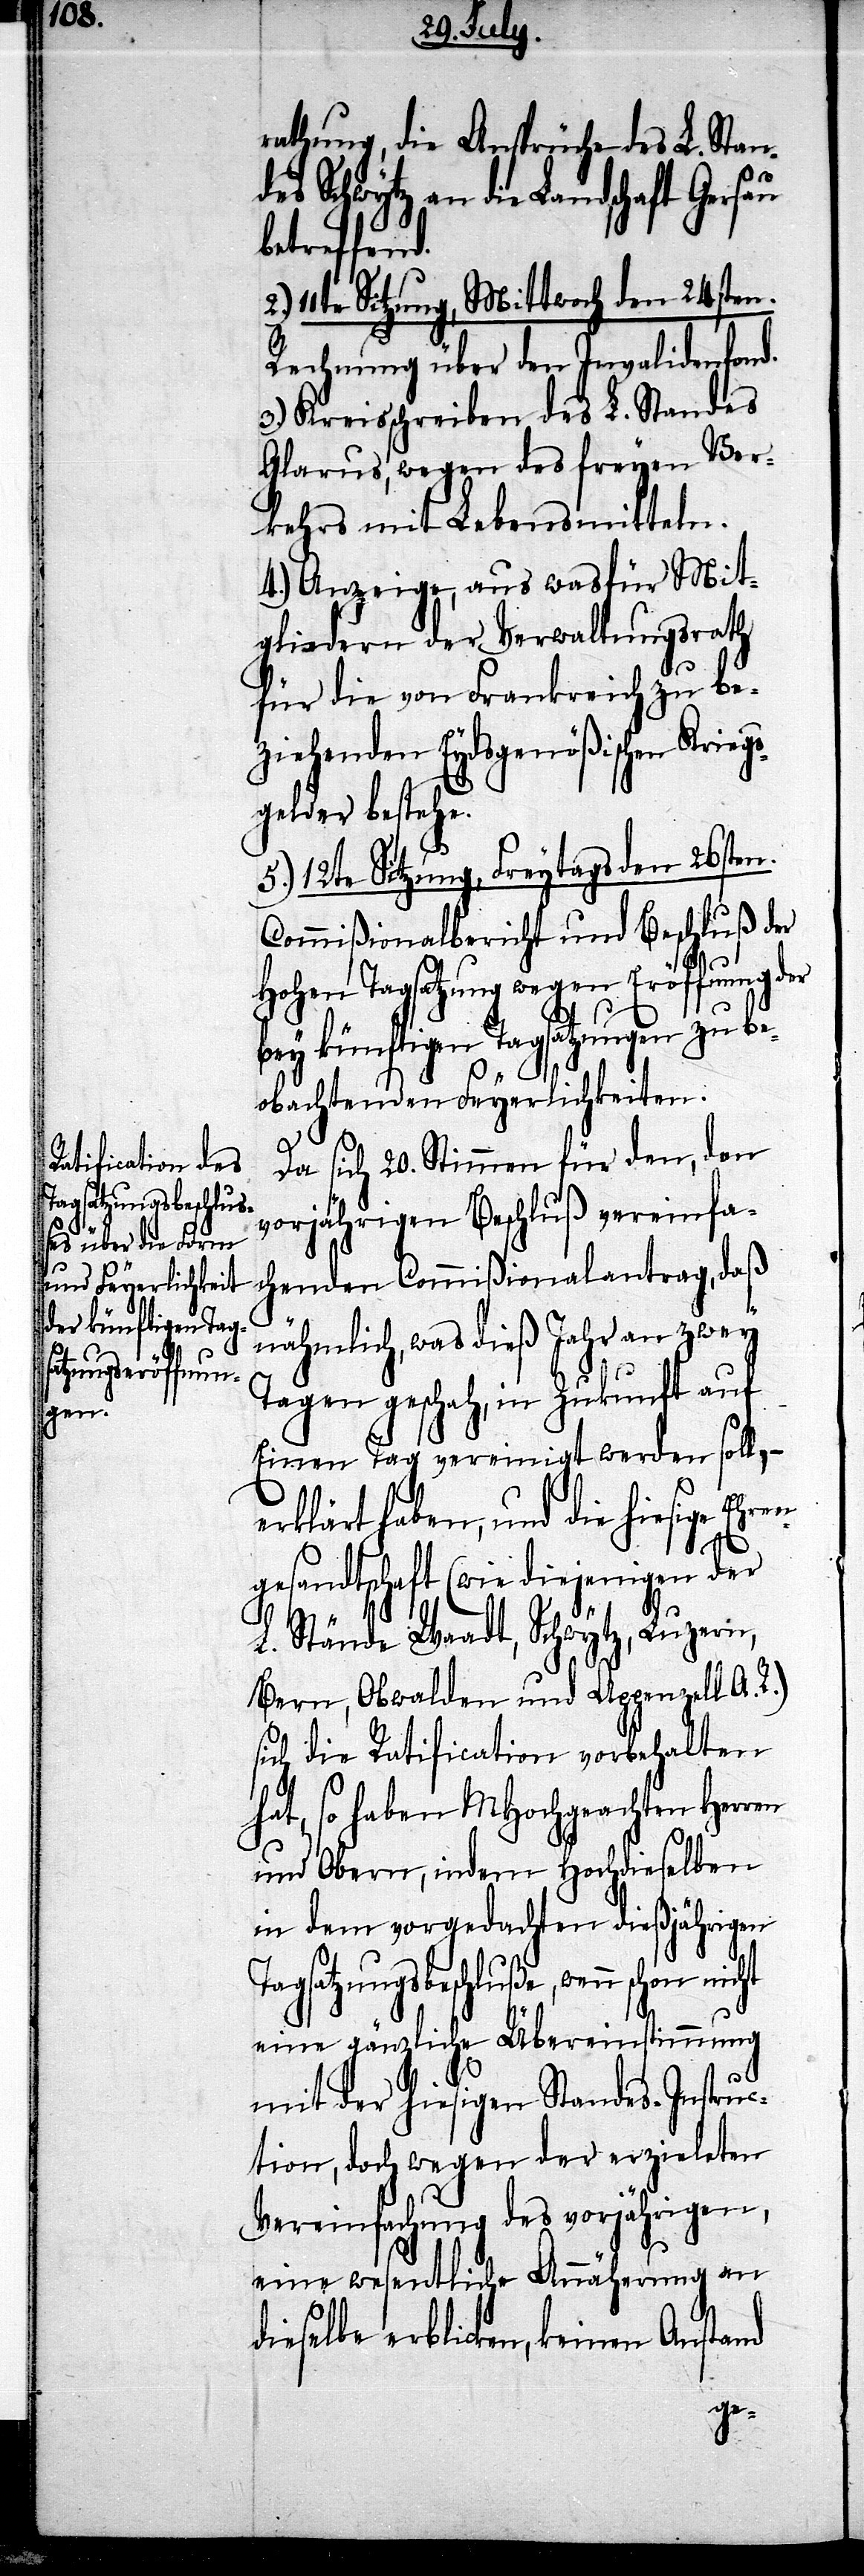
rathung, die Ansprüche des L. Stan¬
die Landschaft Gersau
betreffend.
11te Sitzung, Mittwoch den 24sten.
Rechnung über den Invalidenfond.
3.) Kreisschreiben des L. Standes
Glarus, wegen des freyen Ver¬
kehrs mit Lebensmitteln.
4.) Anzeige, aus wasfür Mit¬
gliedern der Verwaltungsrath
für die von Frankreich zu be¬
ziehenden Eydsgenößischen Kriegs¬
gelder bestehe.
5.) 12te Sitzung, Freytags den 26sten.
Commißionalbericht und Beschluß der
Hohen Tagsatzung wegen Eröffnung der
bey künftigen Tagsatzungen zu be¬
obachtenden Feyerlichkeiten.
Da sich 20. Stimmen für den, den
vorjährigen Beschluß vereinfa¬
chenden Commißionalantrag, daß
nähmlich, was dieß Jahr an zwey
Tagen geschah, in Zukunft auf
Einen Tag vereinigt werden soll, –
erklärt haben, und die hiesige Ehre¬
sandtschaft (wie diejenigen der
L. Stände Waadt, Schwytz, Luzern,
Bern, Obwalden und Appenzell A. R.)
sich die Ratification vorbehalten
hat, so haben MHochgeachten Herren
und Obern, indem Hochdieselben
in dem vorgedachten dießjährigen
Tagsatzungsbeschluße, wenn schon
eine gänzliche Übereinstimmung
mit der hiesigen Standes-Instruc¬
tion, doch wegen der erzieleten
Vereinfachung des vorjährigen,
eine wesentliche Annäherung an
dieselbe erblicken, keinen Anstand
nge¬